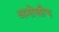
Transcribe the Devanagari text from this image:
अनोखीच